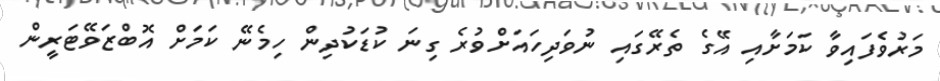
މަރުވެފައިވާ ކަމަށާއި އޭގެ ތެރޭގައި ނުވަދިހައަށްވުރެ ގިނަ ކުޑަކުދިން ހިމެނޭ ކަމަށް އޮބްޒަވޭޓަރީން